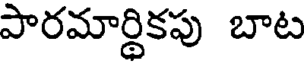
పారమార్థికపు బాట